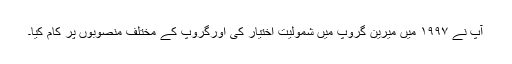
آپ نے ۱۹۹۷ میں میرین گروپ میں شمولیت اختیار کی اورگروپ کے مختلف منصوبوں پر کام کیا۔